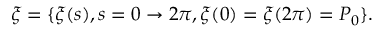
\xi = \{ \xi ( s ) , s = 0 \rightarrow 2 \pi , \xi ( 0 ) = \xi ( 2 \pi ) = P _ { 0 } \} .